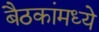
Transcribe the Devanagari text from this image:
बैठकांमध्ये